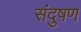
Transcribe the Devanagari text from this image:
संदुषण